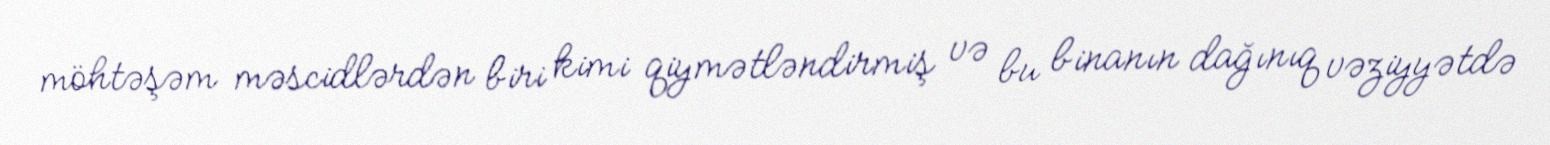
möhtəşəm məscidlərdən biri kimi qiymətləndirmiş və bu binanın dağınıq vəziyyətdə